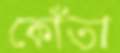
কোঁতা